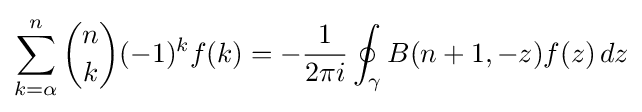
\sum _{k=\alpha }^{n}{n \choose k}(-1)^{k}f(k)=-{\frac {1}{2\pi i}}\oint _{\gamma }B(n+1,-z)f(z)\,dz